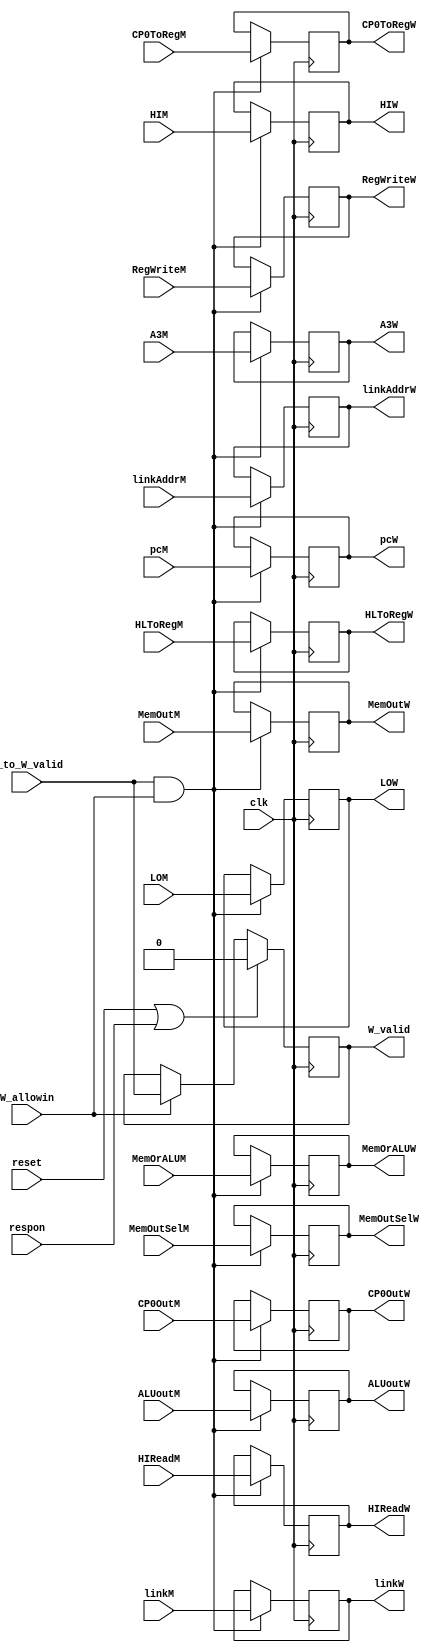
`timescale 1ns / 1ps
//////////////////////////////////////////////////////////////////////////////////
// Company: 
// Engineer: 
// 
// Design Name: 
// Module Name:    W 
// Project Name: 
// Target Devices: 
// Tool versions: 
// Description: 
//
// Dependencies: 
//
// Revision: 
// Revision 0.01 - File Created
// Additional Comments: 
//
//////////////////////////////////////////////////////////////////////////////////
module W(
	input clk,
	input reset,
	input respon,
	input W_allowin,
	input M_to_W_valid,
	input linkM,
	input RegWriteM,
	input MemOrALUM,
	input [31:0] MemOutM,
	input [2:0] MemOutSelM,
	input [31:0] linkAddrM,
	input [31:0] ALUoutM,
	input [31:0] CP0OutM,
	input [31:0] pcM,
	input [4:0] A3M,
	input [31:0] HIM,
	input [31:0] LOM,
	input HLToRegM,
	input HIReadM,
	input CP0ToRegM,
	output reg W_valid,
	output linkW,
	output RegWriteW,
	output MemOrALUW,
	output [31:0] MemOutW,
	output [2:0] MemOutSelW,
	output [31:0] linkAddrW,
	output [31:0] ALUoutW,
	output [31:0] CP0OutW,
	output [31:0] pcW,
	output [4:0] A3W,
	output [31:0] HIW,
	output [31:0] LOW,
	output HLToRegW,
	output HIReadW,
	output CP0ToRegW
    );

	reg r_link, r_RegWrite, r_MemOrALU;
	reg [31:0] r_MemOut;
	reg [2:0] r_MemOutSel;
	reg [4:0] r_A3;
	reg [31:0] r_linkAddr, r_ALUout, r_CP0Out, r_pc;
	reg [31:0] r_HI, r_LO;
	reg r_HLToReg, r_HIRead, r_CP0ToReg;
	
	always@(posedge clk) begin
		if(reset || respon) begin
			W_valid <= 0;
		end
		else if(W_allowin)begin
			W_valid <= M_to_W_valid;
		end

		if(M_to_W_valid && W_allowin) begin
			r_RegWrite <= RegWriteM;
			r_link <= linkM;
			r_MemOrALU <= MemOrALUM;
			r_MemOutSel <= MemOutSelM;
			r_linkAddr <= linkAddrM;
			r_ALUout <= ALUoutM;
			r_MemOut <= MemOutM;
			r_CP0Out <= CP0OutM;
			r_pc <= pcM;
			r_A3 <= A3M;
			r_HI <= HIM;
			r_LO <= LOM;
			r_HLToReg <= HLToRegM;
			r_HIRead <= HIReadM;
			r_CP0ToReg <= CP0ToRegM;
		end
	end
	
	assign linkW = r_link;
	assign RegWriteW = r_RegWrite;
	assign MemOrALUW = r_MemOrALU;
	assign MemOutSelW = r_MemOutSel;
	assign linkAddrW = r_linkAddr;
	assign ALUoutW = r_ALUout;
	assign MemOutW = r_MemOut;
	assign CP0OutW = r_CP0Out;
	assign pcW = r_pc;
	assign A3W = r_A3;
	assign HIW = r_HI;
	assign LOW = r_LO;
	assign HLToRegW = r_HLToReg;
	assign HIReadW = r_HIRead;
	assign CP0ToRegW = r_CP0ToReg;
	
endmodule